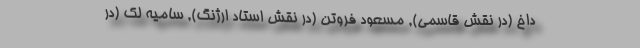
داخ (در نقش قاسمی), مسعود فروتن (در نقش استاد ارژنگ), سامیه لک (در